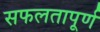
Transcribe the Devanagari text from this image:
सफलतापूर्ण